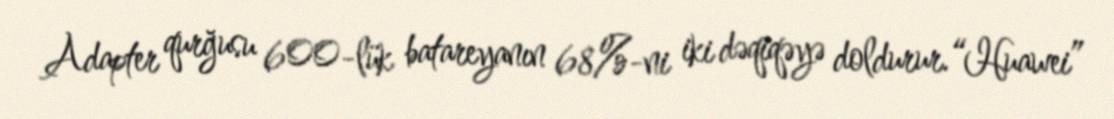
Adapter qurğusu 600-lük batareyanın 68%-ni iki dəqiqəyə doldurur.“Huawei”